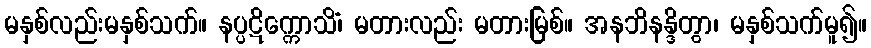
မနှစ်လည်းမနှစ်သက်။ နပ္ပဋိက္ကောသိံ၊ မတားလည်း မတားမြစ်။ အနဘိနန္ဒိတွာ၊ မနှစ်သက်မူ၍။